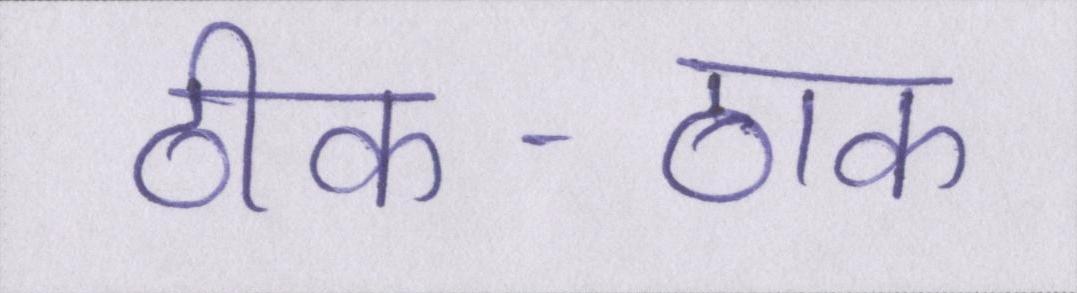
ठीक-ठाक